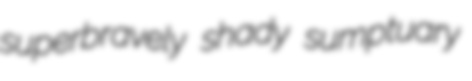
superbravely shady sumptuary